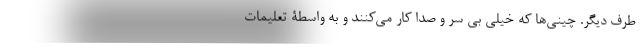
طرف دیگر. چینی‌ها که خیلی بی سر و صدا کار می‌کنند و به واسطۀ تعلیماتِ